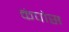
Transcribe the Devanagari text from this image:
कंपोस